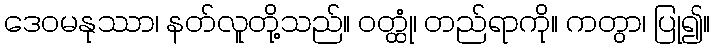
ဒေဝမနုဿာ၊ နတ်လူတို့သည်။ ဝတ္ထုံ၊ တည်ရာကို။ ကတွာ၊ ပြု၍။